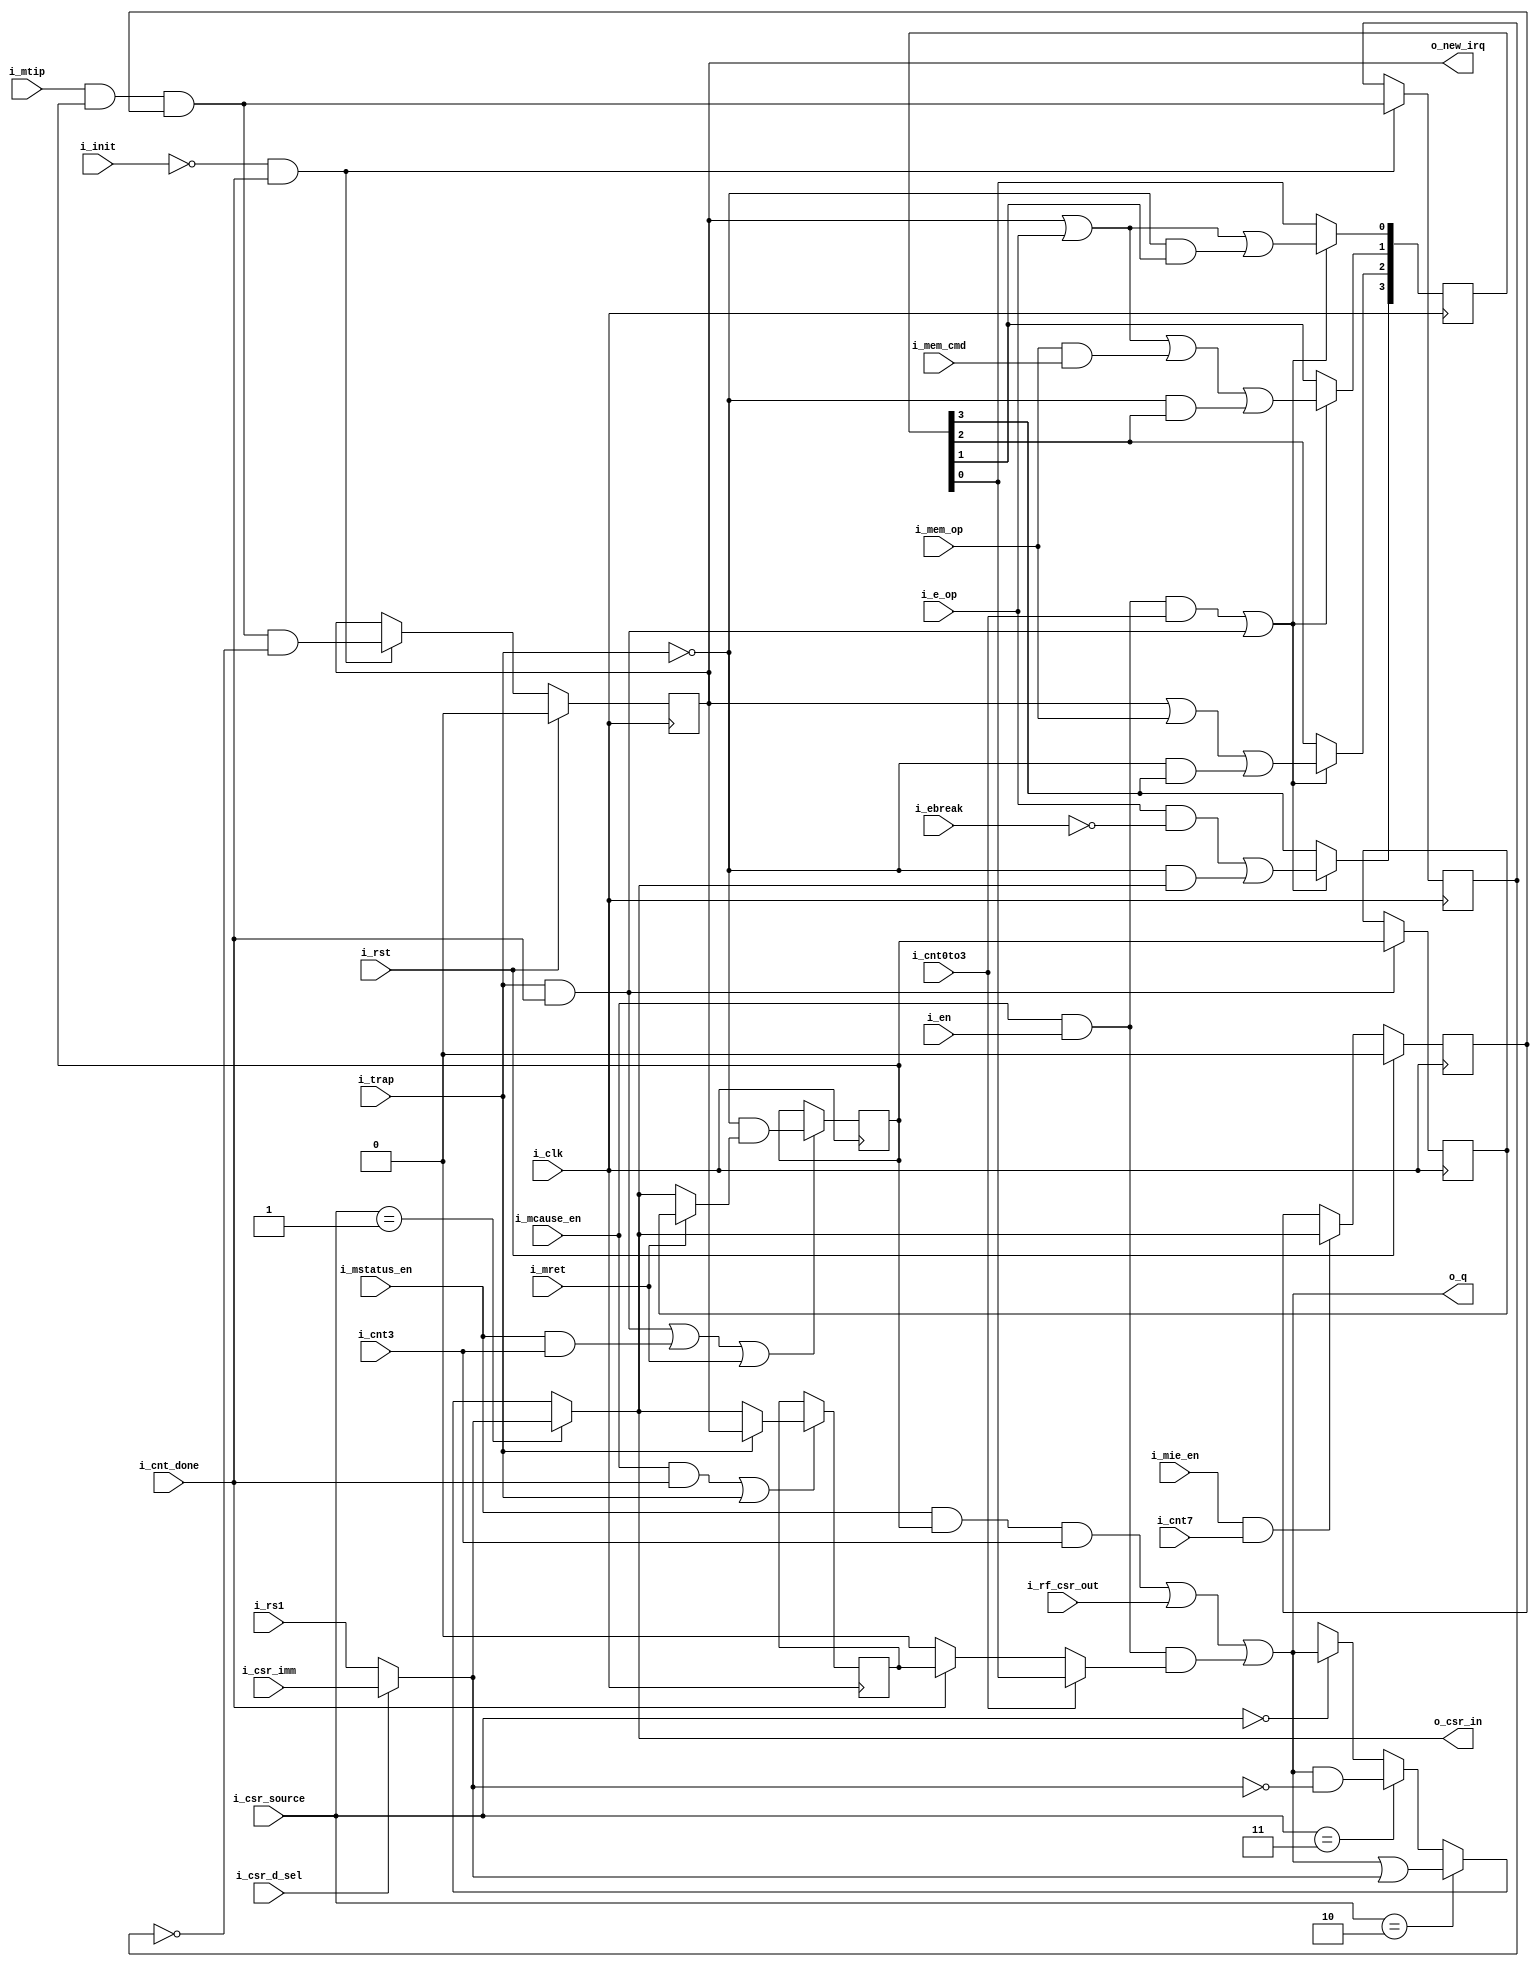
`default_nettype none
module serv_csr
  #(parameter RESET_STRATEGY = "MINI")
  (
   input wire 	    i_clk,
   input wire 	    i_rst,
   //State
   input wire 	    i_init,
   input wire 	    i_en,
   input wire 	    i_cnt0to3,
   input wire 	    i_cnt3,
   input wire 	    i_cnt7,
   input wire 	    i_cnt_done,
   input wire 	    i_mem_op,
   input wire 	    i_mtip,
   input wire 	    i_trap,
   output reg 	    o_new_irq,
   //Control
   input wire 	    i_e_op,
   input wire 	    i_ebreak,
   input wire 	    i_mem_cmd,
   input wire 	    i_mstatus_en,
   input wire 	    i_mie_en,
   input wire 	    i_mcause_en,
   input wire [1:0] i_csr_source,
   input wire 	    i_mret,
   input wire 	    i_csr_d_sel,
   //Data
   input wire 	    i_rf_csr_out,
   output wire 	    o_csr_in,
   input wire 	    i_csr_imm,
   input wire 	    i_rs1,
   output wire 	    o_q);

   localparam [1:0]
     CSR_SOURCE_CSR = 2'b00,
     CSR_SOURCE_EXT = 2'b01,
     CSR_SOURCE_SET = 2'b10,
     CSR_SOURCE_CLR = 2'b11;

   reg 		    mstatus_mie;
   reg 		    mstatus_mpie;
   reg 		    mie_mtie;

   reg 		mcause31;
   reg [3:0] 	mcause3_0;
   wire 	mcause;

   wire 	csr_in;
   wire 	csr_out;

   reg 		timer_irq_r;

   wire 	d = i_csr_d_sel ? i_csr_imm : i_rs1;

   assign csr_in = (i_csr_source == CSR_SOURCE_EXT) ? d :
		   (i_csr_source == CSR_SOURCE_SET) ? csr_out | d :
		   (i_csr_source == CSR_SOURCE_CLR) ? csr_out & ~d :
		   (i_csr_source == CSR_SOURCE_CSR) ? csr_out :
		   1'bx;

   assign csr_out = (i_mstatus_en & mstatus_mie & i_cnt3) |
		    i_rf_csr_out |
		    (i_mcause_en & i_en & mcause);

   assign o_q = csr_out;

   wire 	timer_irq = i_mtip & mstatus_mie & mie_mtie;

   assign mcause = i_cnt0to3 ? mcause3_0[0] : //[3:0]
		   i_cnt_done ? mcause31 //[31]
		   : 1'b0;

   assign o_csr_in = csr_in;

   always @(posedge i_clk) begin
      if (!i_init & i_cnt_done) begin
	 timer_irq_r <= timer_irq;
	 o_new_irq   <= timer_irq & !timer_irq_r;
      end

      if (i_mie_en & i_cnt7)
	mie_mtie <= csr_in;

      /*
       The mie bit in mstatus gets updated under three conditions

       When a trap is taken, the bit is cleared
       During an mret instruction, the bit is restored from mpie
       During a mstatus CSR access instruction it's assigned when
        bit 3 gets updated

       These conditions are all mutually exclusibe
       */
      if ((i_trap & i_cnt_done) | i_mstatus_en & i_cnt3 | i_mret)
	mstatus_mie <= !i_trap & (i_mret ?  mstatus_mpie : csr_in);

      /*
       Note: To save resources mstatus_mpie (mstatus bit 7) is not
       readable or writable from sw
       */
      if (i_trap & i_cnt_done)
	mstatus_mpie <= mstatus_mie;

      /*
       The four lowest bits in mcause hold the exception code

       These bits get updated under three conditions

       During an mcause CSR access function, they are assigned when
       bits 0 to 3 gets updated

       During an external interrupt the exception code is set to
       7, since SERV only support timer interrupts

       During an exception, the exception code is assigned to indicate
       if it was caused by an ebreak instruction (3),
       ecall instruction (11), misaligned load (4), misaligned store (6)
       or misaligned jump (0)

       The expressions below are derived from the following truth table
       irq  => 0111 (timer=7)
       e_op => x011 (ebreak=3, ecall=11)
       mem  => 01x0 (store=6, load=4)
       ctrl => 0000 (jump=0)
       */
      if (i_mcause_en & i_en & i_cnt0to3 | (i_trap & i_cnt_done)) begin
	 mcause3_0[3] <= (i_e_op & !i_ebreak) | (!i_trap & csr_in);
	 mcause3_0[2] <= o_new_irq | i_mem_op | (!i_trap & mcause3_0[3]);
	 mcause3_0[1] <= o_new_irq | i_e_op | (i_mem_op & i_mem_cmd) | (!i_trap & mcause3_0[2]);
	 mcause3_0[0] <= o_new_irq | i_e_op | (!i_trap & mcause3_0[1]);
      end
      if (i_mcause_en & i_cnt_done | i_trap)
	mcause31 <= i_trap ? o_new_irq : csr_in;
      if (i_rst)
	if (RESET_STRATEGY != "NONE") begin
	   o_new_irq <= 1'b0;
	   mie_mtie <= 1'b0;
	end
   end

endmodule